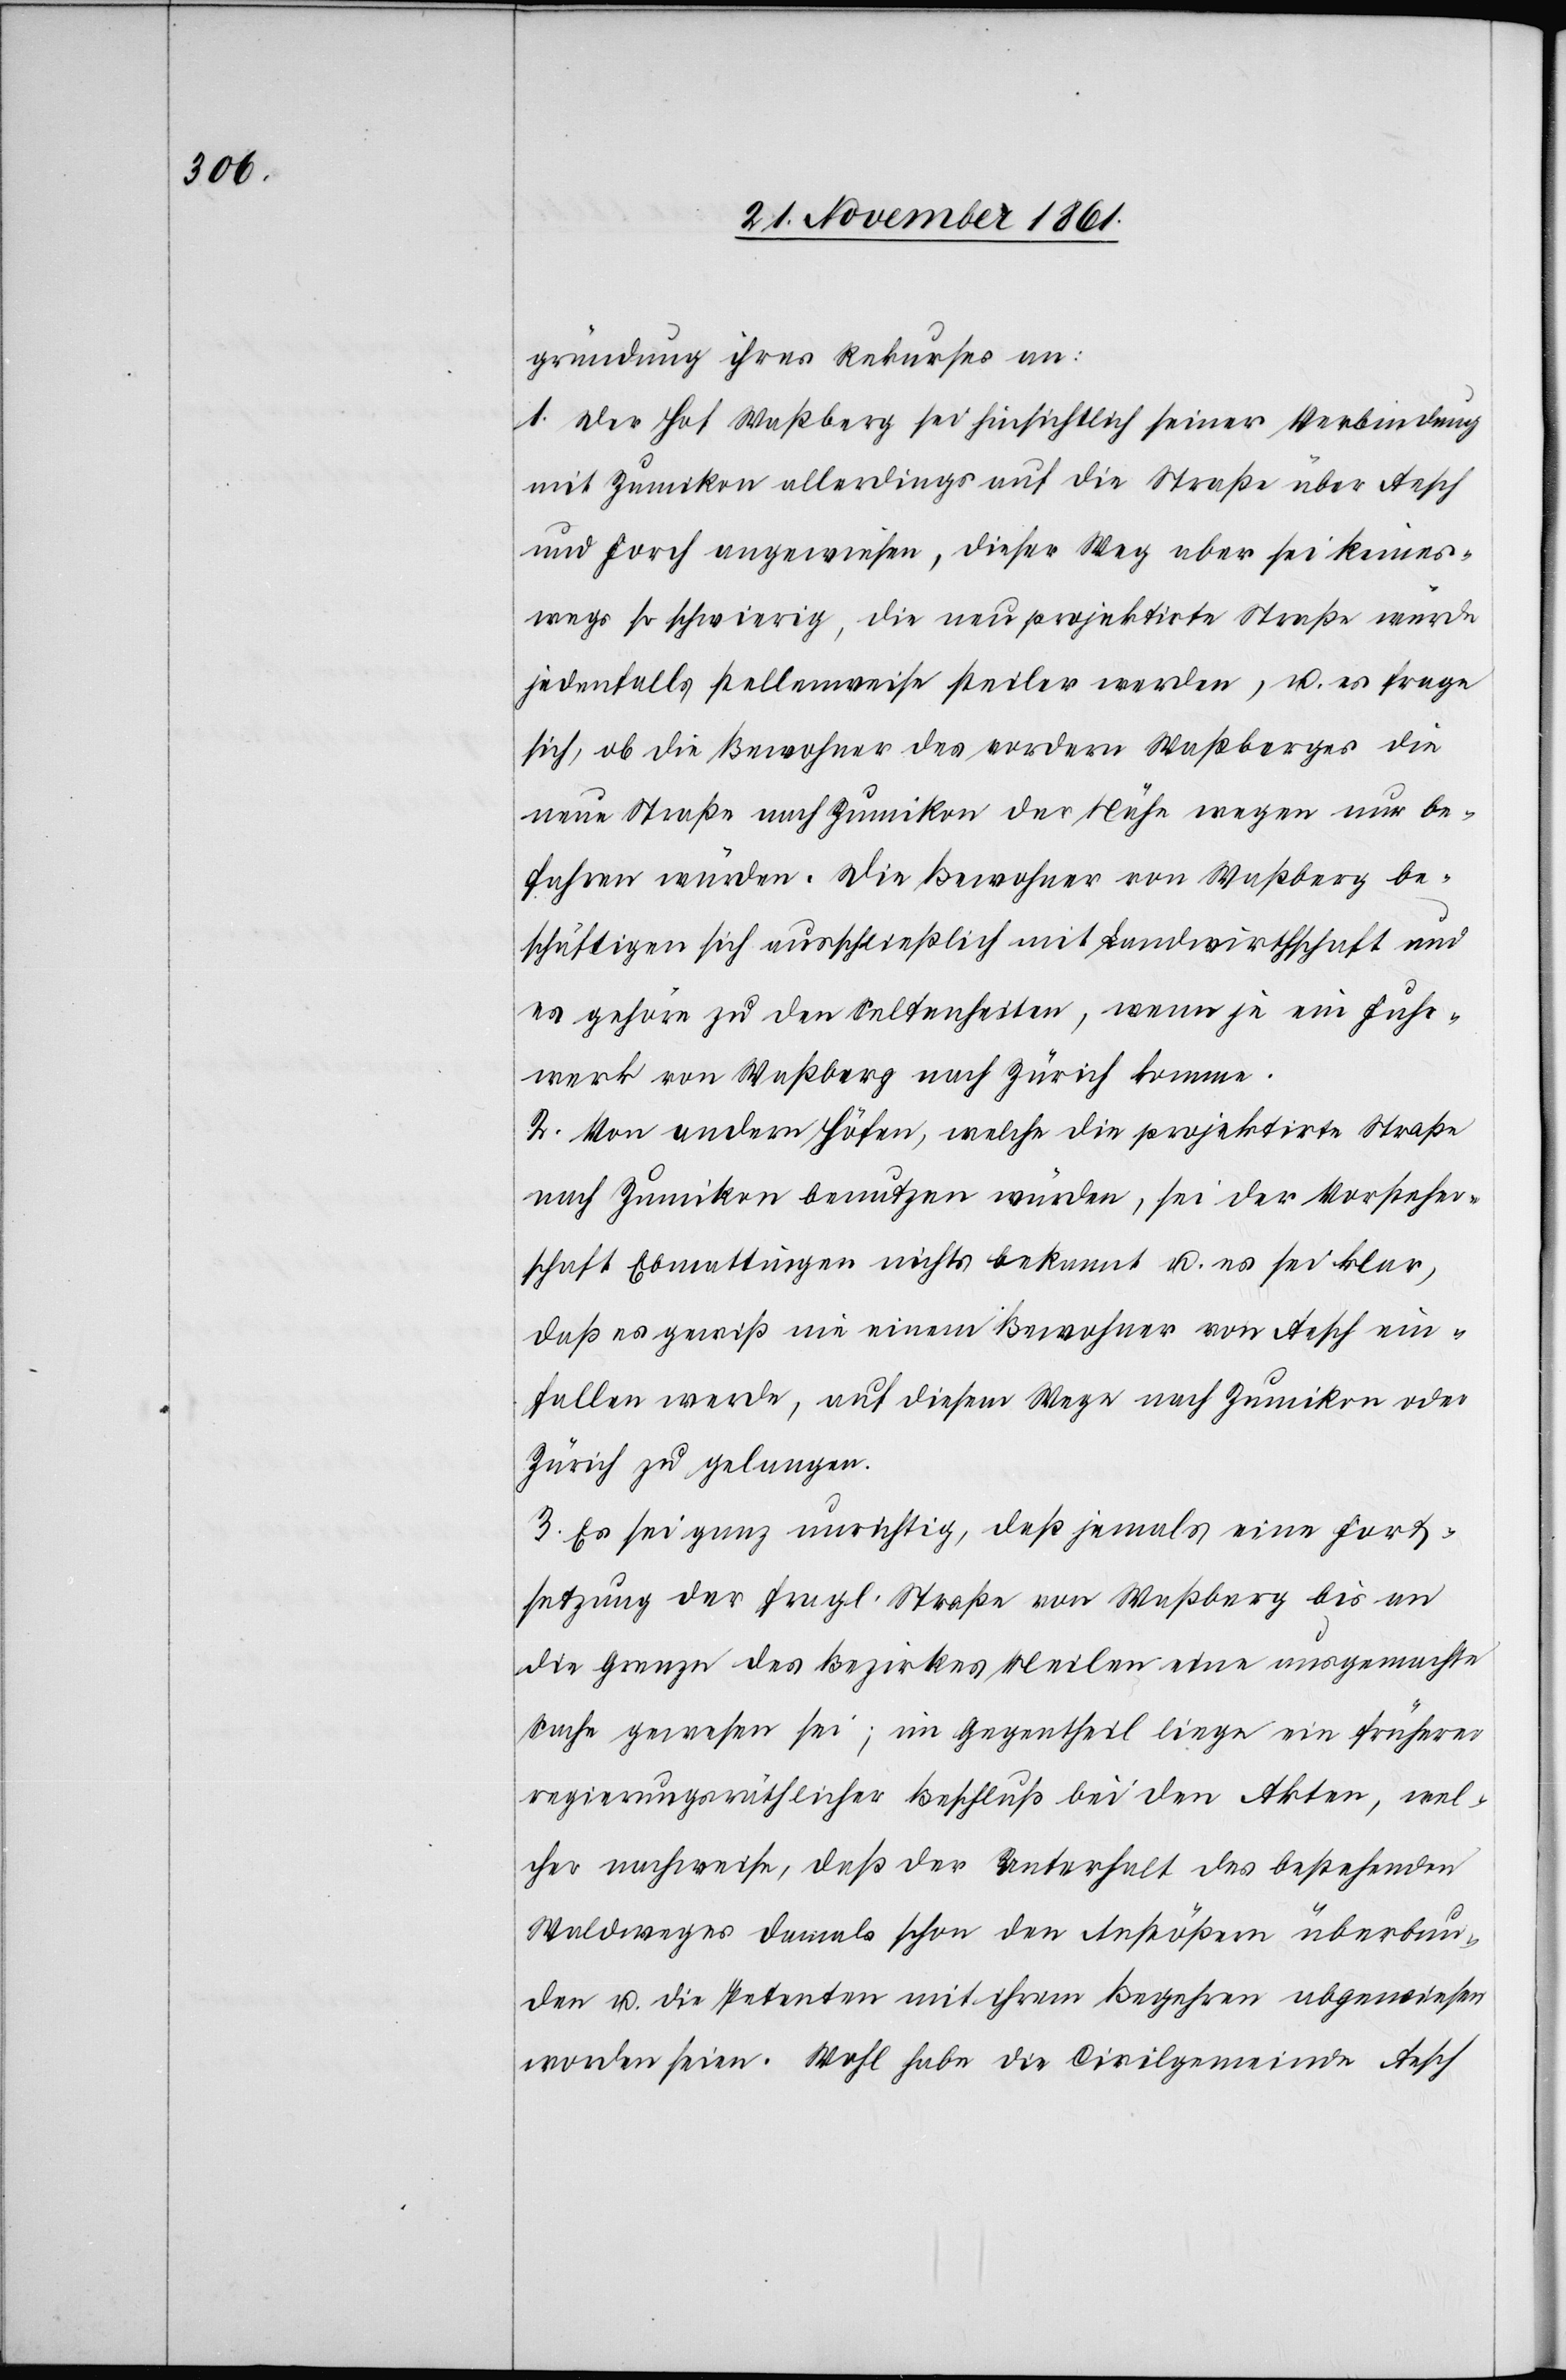
gründung ihres Rekurses an:
1. Der Hof Waßberg sei hinsichtlich seiner Verbindung
mit Zumikon allerdings auf die Straße über Aesch
und Forch angewiesen, dieser Weg aber sei keines¬
wegs so schwierig, die neu projektirte Straße würde
jedenfalls stellenweise steiler werden, u. es frage
sich, ob die Bewohner des vorderen Waßberges die
neue Straße nach Zumikon der Nähe wegen nur be¬
fahren würden. Die Bewohner von Waßberg be¬
schäftigten sich ausschließlich mit Landwirthschaft und
es gehöre zu den Seltenheiten, wenn je ein Fuhr¬
werk von Waßberg nach Zürich komme.
2. Von anderen Höfen, welche die projektirte Straße
nach Zumikon benutzen würden, sei der Vorsteher¬
schaft Ebmattingen nichts bekannt u. es sei klar,
daß es gewiß nie einem Bewohner von Aesch ein¬
fallen werde, auf diesem Wege nach Zumikon oder
Zürich zu gelangen.
3. Es sei ganz unrichtig, daß jemals eine Fort¬
setzung der fragl. Straße von Waßberg bis an
die Grenze des Bezirkes Meilen eine ausgemachte
Sache gewesen sei; im Gegentheil liege ein früherer
regierungsräthlicher Beschluß bei den Akten, wel¬
cher nachweise, daß der Unterhalt des bestehenden
Waldweges damals schon den Anstößern überbun¬
den u. die Petenten mit ihrem Begehren abgewiesen
worden seien. Wohl habe die Civilgemeinde Aesch